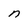
Character: n